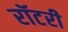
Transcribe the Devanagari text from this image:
रॉटरी